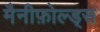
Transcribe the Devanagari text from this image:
मैनीफ़ोल्ड्स